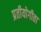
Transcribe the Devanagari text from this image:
प्रतीयोगीता